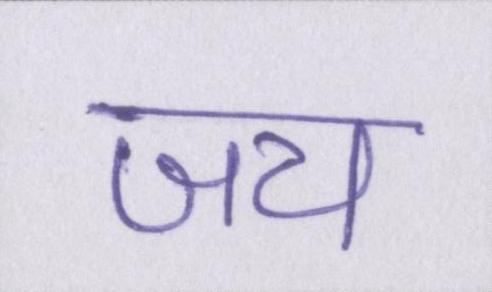
जय